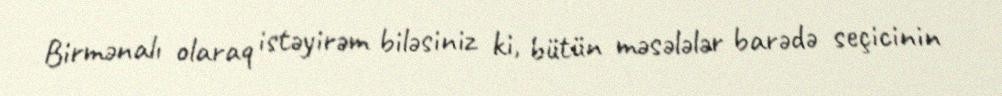
Birmənalı olaraq istəyirəm biləsiniz ki, bütün məsələlər barədə seçicinin